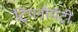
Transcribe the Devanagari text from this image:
ट्रिगनोमॅट्री